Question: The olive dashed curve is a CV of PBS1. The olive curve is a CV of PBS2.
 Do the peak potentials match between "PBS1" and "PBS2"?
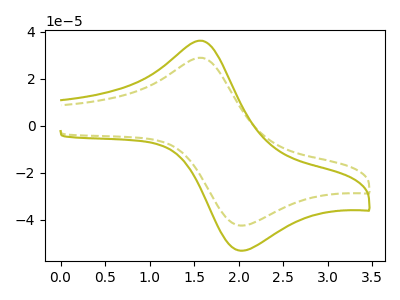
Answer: <think>The olive dashed curve "PBS1" has an anodic peak at (1.60V, 28.85uA) and a cathodic peak at (2.05V, -42.40uA). The olive curve "PBS2" has an anodic peak at (1.60V, 36.10uA) and a cathodic peak at (2.05V, -53.10uA).</think>
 <answer>Yes, "PBS1" have a peak in "PBS2" at the same potential.</answer>
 <eval>match</eval>